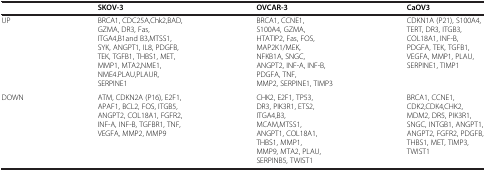
<table><thead><tr><td><b> </b></td><td><b>SKOV-3</b></td><td><b>OVCAR-3</b></td><td><b>CaOV3</b></td></tr></thead><tbody><tr><td>UP</td><td>BRCA1, CDC25A,Chk2,BAD, GZMA, DR3, Fas, ITGA4,B1and B3,MTSS1, SYK, ANGPT1, IL8, PDGFB, TEK, TGFB1, THBS1, MET, MMP1, MTA2,NME1, NME4.PLAU,PLAUR, SERPINE1</td><td>BRCA1, CCNE1, S100A4, GZMA, HTATIP2, Fas, FOS, MAP2K1/MEK, NFKB1A, SNGC, ANGPT2, INF-A, INF-B, PDGFA, TNF, MMP2, SERPINE1, TIMP3</td><td>CDKN1A (P21), S100A4, TERT, DR3, ITGB3, COL18A1, INF-B, PDGFA, TEK, TGFB1, VEGFA, MMP1, PLAU, SERPINE1, TIMP1</td></tr><tr><td>DOWN</td><td>ATM, CDKN2A (P16), E2F1, APAF1, BCL2, FOS, ITGB5, ANGPT2, COL18A1, FGFR2, INF-A, INF-B, TGFBR1, TNF, VEGFA, MMP2, MMP9</td><td>CHK2, E2F1, TP53, DR3, PIK3R1, ETS2, ITGA4,B3, MCAM,MTSS1, ANGPT1, COL18A1, THBS1, MMP1, MMP9, MTA2, PLAU, SERPINB5, TWIST1</td><td>BRCA1, CCNE1, CDK2,CDK4,CHK2, MDM2, DR5, PIK3R1, SNGC, INTGB1, ANGPT1, ANGPT2, FGFR2, PDGFB, THBS1, MET, TIMP3, TWIST1</td></tr></tbody></table>